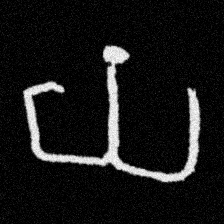
Pyu character \u2014 Myanmar letter: ယ (romanized: ya)